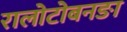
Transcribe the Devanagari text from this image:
रालोटोबनङा